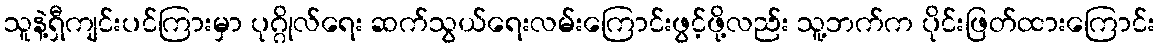
သူနဲ့ရှီကျင်းပင်ကြားမှာ ပုဂ္ဂိုလ်ရေး ဆက်သွယ်ရေးလမ်းကြောင်းဖွင့်ဖို့လည်း သူ့ဘက်က ပိုင်းဖြတ်ထားကြောင်း